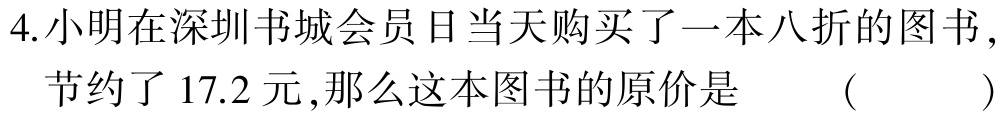
4.小明在深圳书城会员日当天购买了一本八折的图书，

节约了17.2元,那么这本图书的原价是 （  ）